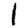
Digit: 1